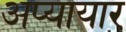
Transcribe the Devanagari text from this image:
अप्यायार